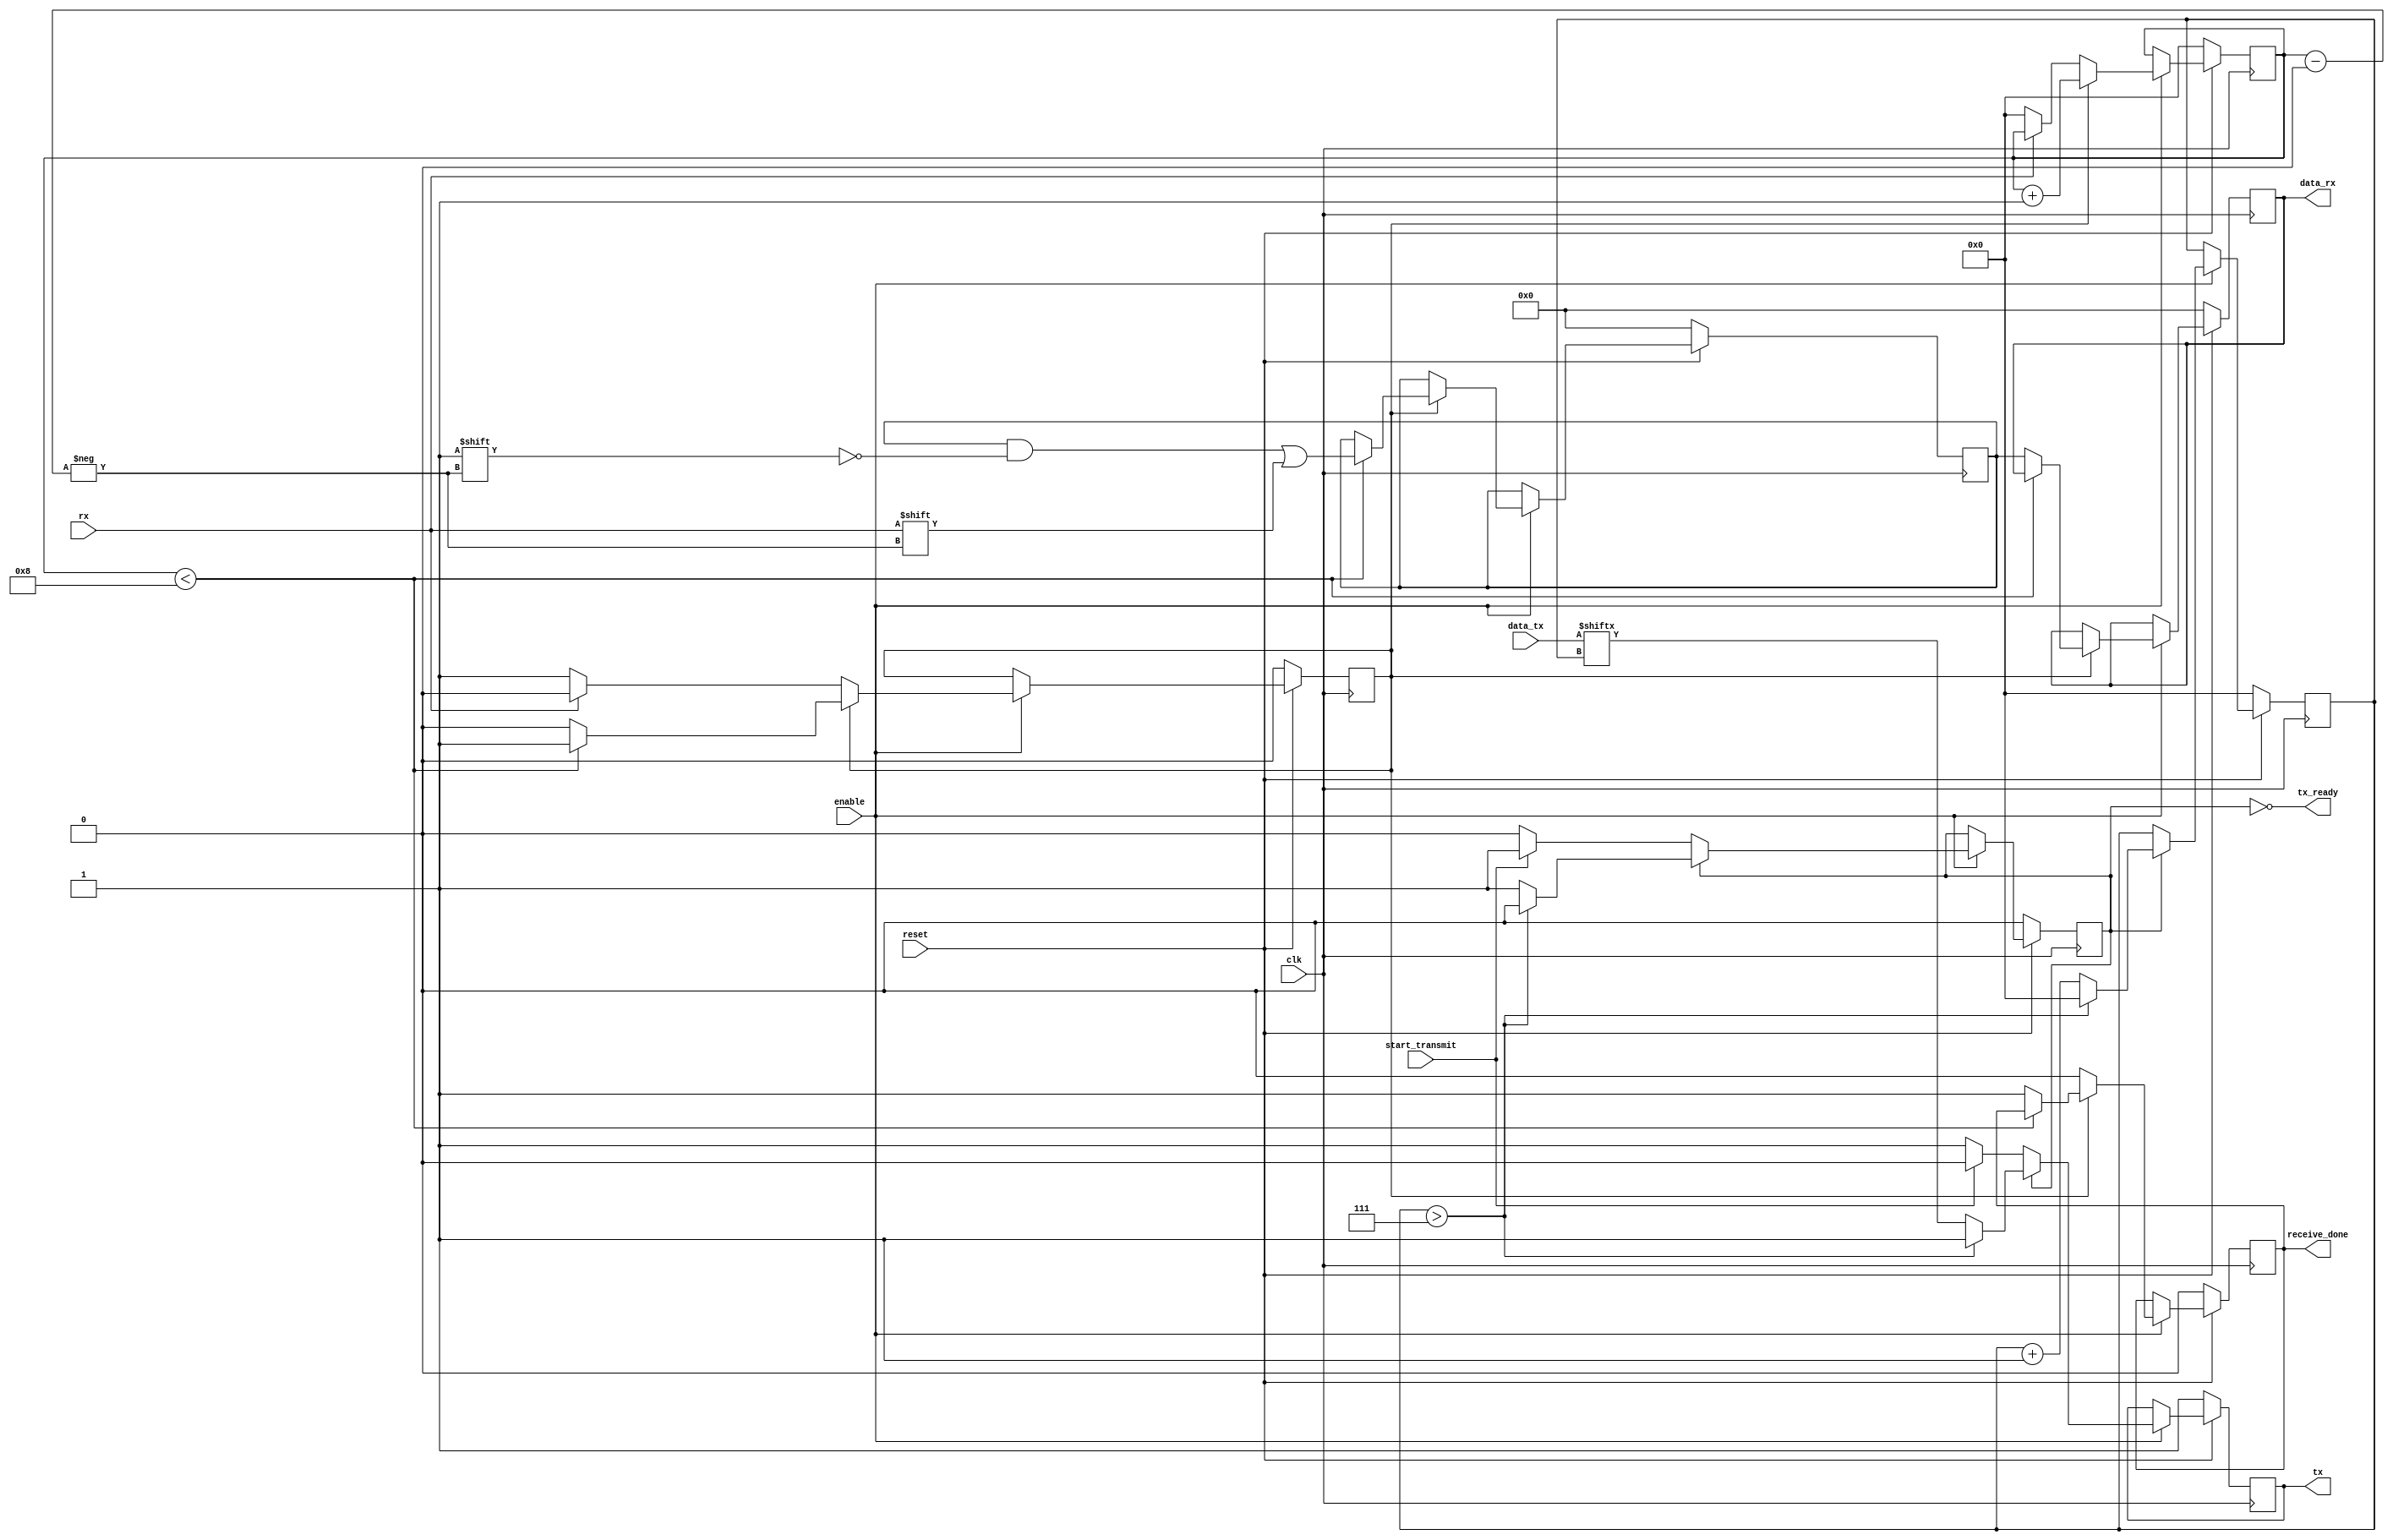
/*--------------------------------------------------------------------------\
|A standard UART transmiter. When receving a byte, the content              |
|of the byte will be put in data_rx and a pule will be send from            |
|receive_done. To send a byte the content of the byte must be put in data_tx|
|and a pulse of at least a UART clock cycle must be send to start_transmit. |
\--------------------------------------------------------------------------*/

module uart(
    input clk,
    input enable,                 //Should have a one tick pulse at the same frequency as the UART
    input reset,
    input rx,
    output tx,
    input [7:0] data_tx,          //Data to be send throught tx
    output reg [7:0] data_rx = 0, //data received on rx
    output receive_done,          //Rise for a clock when a message is recieved
    input start_transmit,         //When set to 1 we transmit the message
    output tx_ready               //Set to 0 when we are sending a message
    );

    //registers to count the number of byte we are at
    reg [4:0] rx_count = 0;
    reg [4:0] tx_count = 0;

    // transmit
    reg tx_buzy = 0;
    reg tx_r = 1;
    assign tx = tx_r;
    assign tx_ready = !tx_buzy;

    always @(posedge clk)
        if(!reset)
        begin
            tx_count = 0;
            tx_buzy = 0;
            tx_r = 1;
        end
        else if(enable)
        begin
            if(tx_buzy)
            begin
                if(tx_count > 7) //end bit
                begin
                    tx_r = 1;
                    tx_count = 0;
                    tx_buzy = 0;
                end    
                else //data bits
                begin
                    tx_r = data_tx[tx_count];
                    tx_count = tx_count + 1;
                end
            end
            else 
                if(start_transmit)
                begin
                    tx_buzy = 1;
                    tx_r = 0; //start bit
                end
                else //rest value : 1
                    tx_r = 1;
        end
    
    //assign transmit_free = !tx_buzy //We could do this if we needed to check
    //if the transmission is possible
    
    //receive
    reg rx_buzy = 0;
    reg receive_done_r = 0;
    reg [7:0] data_rx_r = 0;
    assign receive_done = receive_done_r;

    always @ (posedge clk)
        if(!reset)
        begin
            rx_buzy = 0;
            rx_count = 0;
            data_rx_r = 0;
            receive_done_r = 0;
            data_rx = 0;
        end
        else if(enable)
        begin
            if(rx_buzy)
            begin
                if(rx_count < 8) //receiving the 8 bits
                    data_rx_r[rx_count] = rx;
                else
                begin // end of the transmission
                    receive_done_r = 1;
                    rx_buzy = 0;
                    data_rx = data_rx_r;
                end    
                rx_count = rx_count + 1;
            end
            else
                if(rx) //The message is ended for at least a clock cycle
                    receive_done_r = 0;
                else //We received the start bit
                begin
                    receive_done_r = 0;
                    rx_count = 0;
                    rx_buzy = 1;
                end
        end
    
endmodule